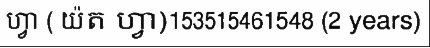
ហ្វា ( យ៉ត ហ្វា)153515461548 (2 years)